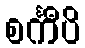
စင်္ကီပိ